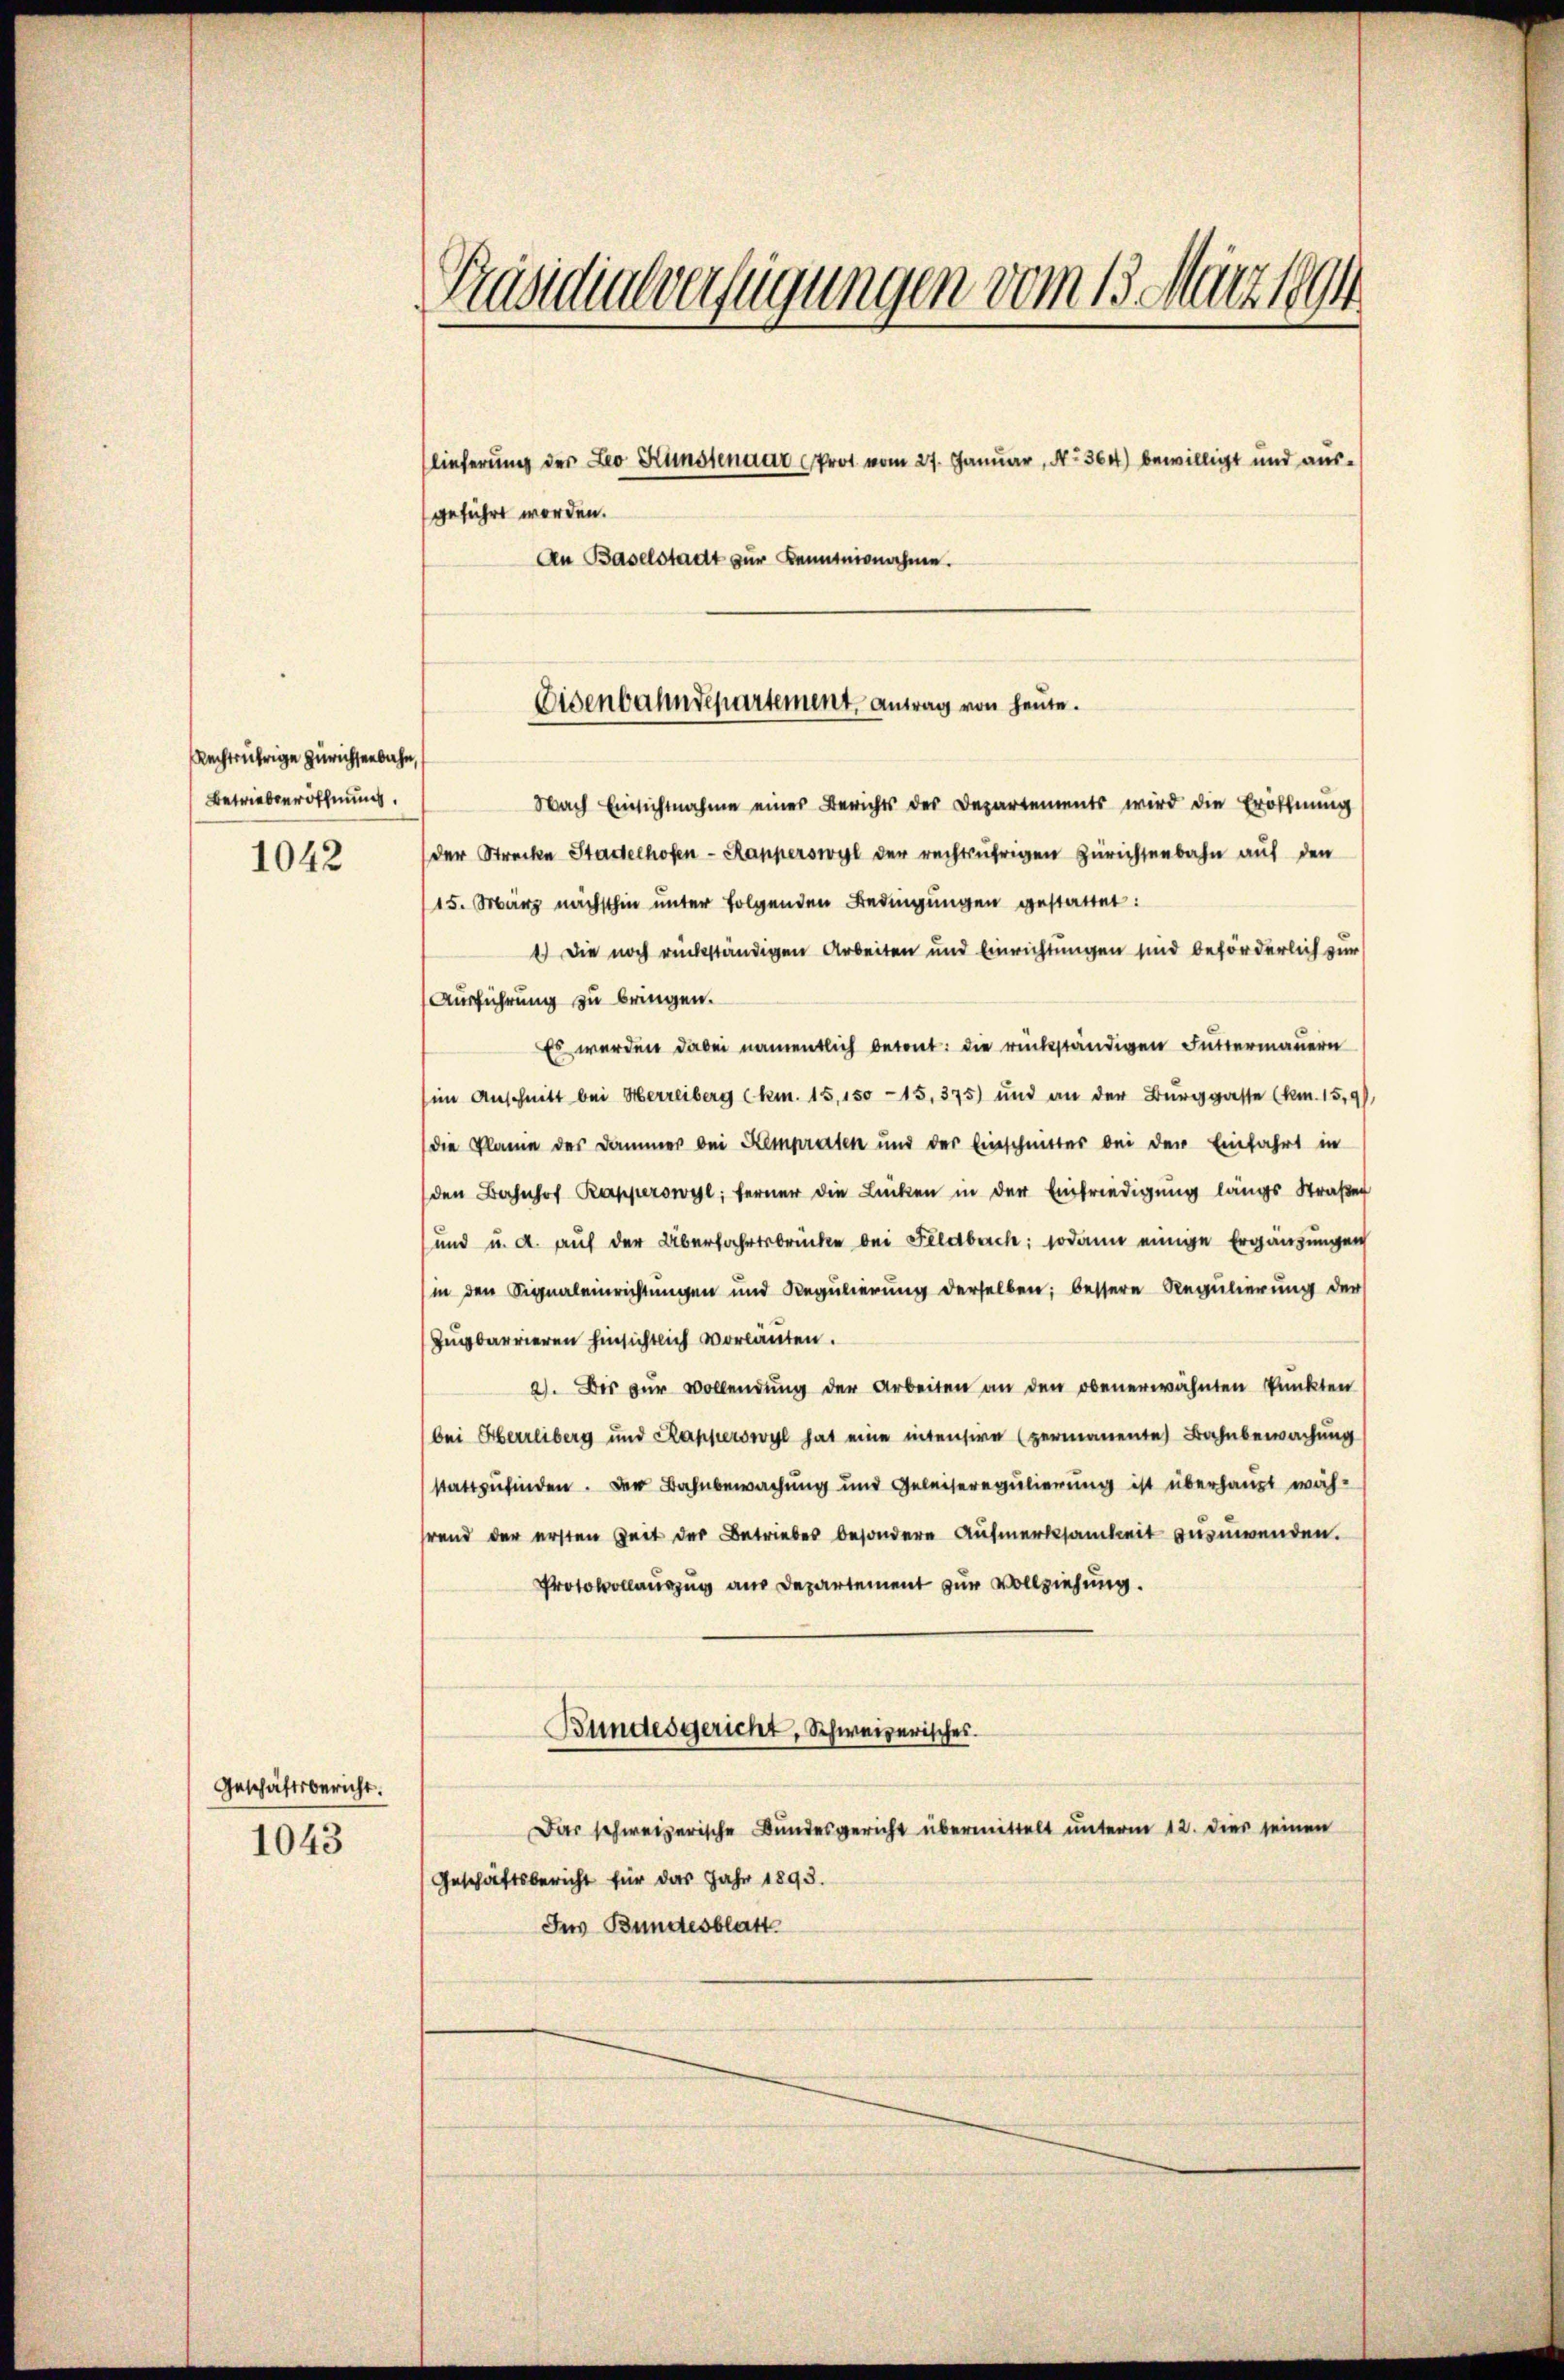
Rechtsübrige Zürichsenbahn,
Betrieberöffnung.
1042

Geschäftsbericht.
1043

Präsidialverfügungen vom 13. März 1894

lieferung der Leo Kunstenaar Prot vom 27. Januar, No. 364) bewilligt und aus¬
An Baselstadt zur Kenntnisnahme.

geführt worden.

Nach Einsichtnahme einer Berichts des Departements wird die Eröffnung
der Strecke Stadelhofen-Kapperswyl der rechtjährigen Zürichtenbahn auf den
15. März nächsthin unter folgenden Bedingungen gestattet:
1.) Die noch rückständigen Arbeiten und Einrichtungen sind beförderlich zur
Ausführung zu bringen.
Es werden dabei namentlich betont: die rückständigen Futtermauern
im Anschnitt bei Herreiberg (km. 15,150—15,375) und an der Burggasse (km. 15,9),
die Planie des Dammer bei Kempraten und der Einschmitter bei der Einfahrt in
den Bahnhof Rapperswyl; ferner die Lücken in der Einfriedigung längs Straßen
und u. a. auf der Überfahrtsbrücke bei Feldbach; sodann einige Ergänzungen
in den Signaleinrichtungen und Regulierung derselben; bessere Regulierung der
Zugbarrieren hinsichtlich vorläuten.
2). Bis zŭr Vollendŭng der Arbeiten an den obenerwähnten Punkten
bei Herrliberg und Kapperswyl hat eine intensive (zermanente Bahnbewachung
stattzufinden. Der Bahnbewachung und Geleiseregulierung ist überhaupt wäh-
rend der ersten Zeit der Betriebes besondere Aufmerksamkeit zuzuwenden.
Protokollauszug aus Departement zur Vollziehung.
Bundesgericht, Schweizerisches.
Das schweizerische Bundesgericht übermittelt unterm 12. Dies seinen
Geschäftsbericht für das Jahr 1893.
Ins Bundesblatt

Eisenbahndepartement, Antrag von heute.